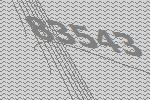
83543